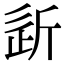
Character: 𣂠